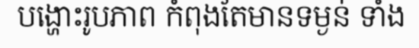
បង្ហោះរូបភាព កំពុងតែមានទម្ងន់ ទាំង